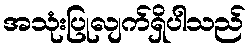
အသုံးပြုလျက်ရှိပါသည်